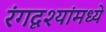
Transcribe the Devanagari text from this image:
रंगदृश्यांमध्ये